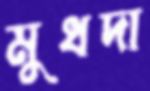
মুধদা